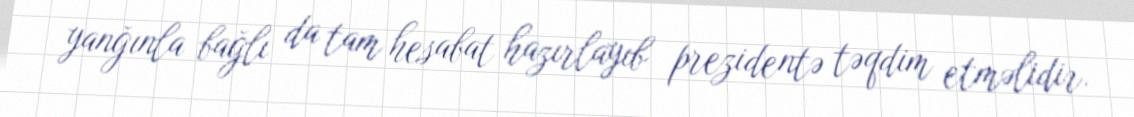
yanğınla bağlı da tam hesabat hazırlayıb prezidentə təqdim etməlidir.